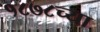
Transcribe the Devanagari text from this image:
१८७८च्या